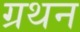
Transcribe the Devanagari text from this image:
ग्रथन